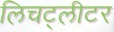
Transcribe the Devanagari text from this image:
लिचट्लीटर